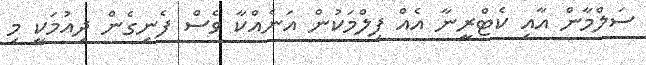
ސަލްމާން އާއި ކެޓްރީނާ އެއް ފިލްމަކުން އަނެއްކާ ވެސް ފެނިގެން ދިއުމަކީ މި